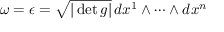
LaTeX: \omega = \epsilon = { \sqrt { | \operatorname* { d e t } g | } } \, d x ^ { 1 } \wedge \cdots \wedge d x ^ { n }